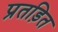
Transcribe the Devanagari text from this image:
प्रतड़ित